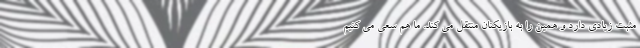
مثبت زیادی دارد و همین را به بازیکنان منتقل می کند. ما هم سعی می کنیم